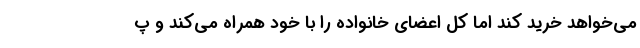
می‌خواهد خرید کند اما کل اعضای خانواده را با خود همراه می‌کند و پ